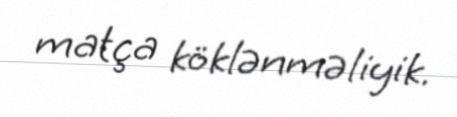
matça köklənməliyik.